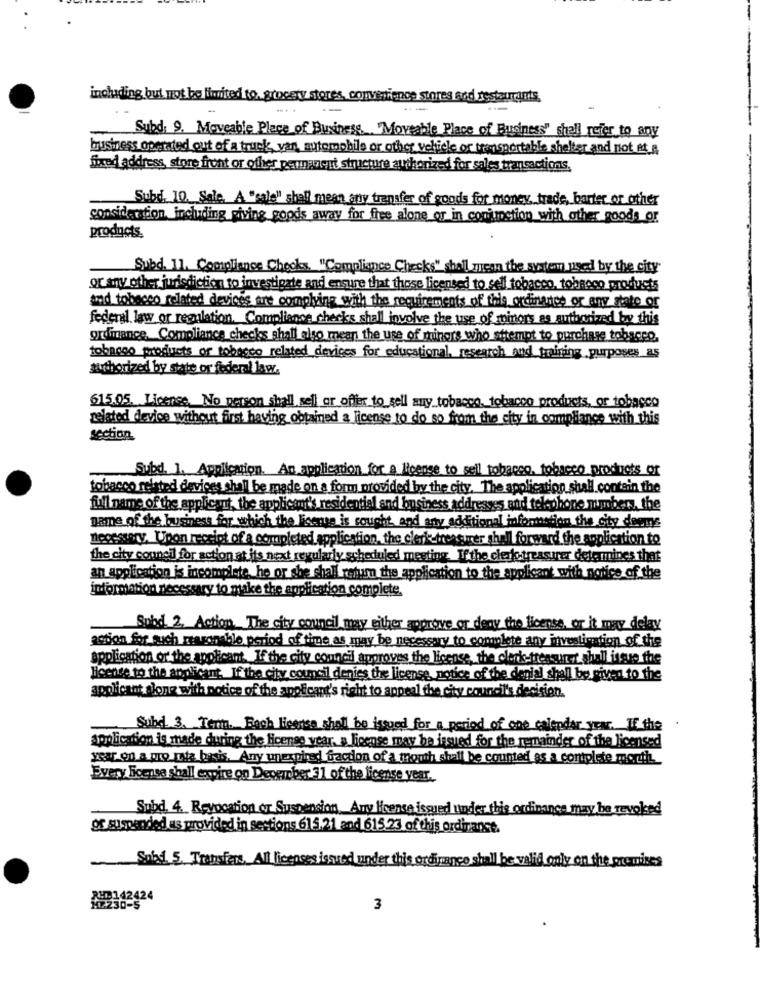
including but not be limited to. grocery stores, convenience stores and restaurants,
Subd, 9. Moveable Place of Business. "Moveable Place of Business" shall refer to any
business operated out of a truck, yan, automobile or other vehicle or transportable shelter and not at a
fixed address, store front or other permanent structure authorized for sales transactions.
Subd. 10. Sale, A "cale" shall mean any transfer of goods for money, trade, barter or other
consideration including riving goods away for free alone or in contmotion with other goods or
products.
Subd. 11. Compliance Checks. "Compliance Checks" shall mycon the system used by the city"
or any other jurisdiction to investigate and ensure that those licensed to sell tobacco, tobacco products
and tobacco related devices are complying with the requirements of this ordinance or any state or
federal law or regulation. Compliance checks shall involve the use of minors as authorized by this
ordinance Compliance checks shall elgo mean the use of mingrs who attempt to purchase tobacco.
tobacco products or tobagoo related devices for educational research and training purposes as
authorized by state or federal law.
615.05. License No person shall sell or offier to sell any tobacco, tobacco products, or tobacco
related device without first having obtained a license to do so from the city in compliance with this
section
Subd. 1. Application. An application for a license to sell tobacco, tobacco products or
tobacco related devices shall be made on a form provided by the city. The application shall. contein the
full name of the applicant, the applicant's residential and business addresses and telephone mmebers, the
name of the business for which the license is cought and any additional information the city deeme
necessary. Upon receipt of a completed application, the clerk treasurer shall forward the application to
the city council for action at its next regularly scheduled meeting. If the chesttreasurer determines that
an application is incomplete he or she chall return the application to the applicant with notice of the
information necessary to make the application complete.
Subd 2. Action The city council may either approve or deny the license, or it may delay
action for such reasonable period of time as may be necessary to complete any investigation of the
application or the applicant. If the city council approves the license, the clerks-treasurer shall issue the
licence to the applicant. If the city council denies the license, notice of the denial shall be given to the
applicant along with notice of the applicant's right to appeal the city council's decision.
Subd 3. Yeni.Bach Mienso shall be issaac for a period of one calendar yes. If the
application is made during the license vear. a license may be issued for the remainder
nainder of the licensed
year on a pro rata basis. Any unexpired fraction of a mouth shall be counted as a contplete mortiL
Every license shall empire on December 31 of the license year ..
Subd. 4. Revocation or Suspension Any Heense issued under this ordinance may be revoked
or suspended as provided in sections 615.21 and 615.23 of this ordinance.
Sobad. 5. Transfers, All licenses issued under this ordinance shall be valid only on the premises
AH9142424
12230-5
3